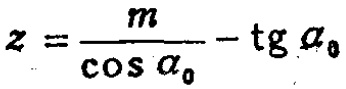
\(z = \frac{m}{\cos \alpha_{0}} - \operatorname{tg} \alpha_{0}\)